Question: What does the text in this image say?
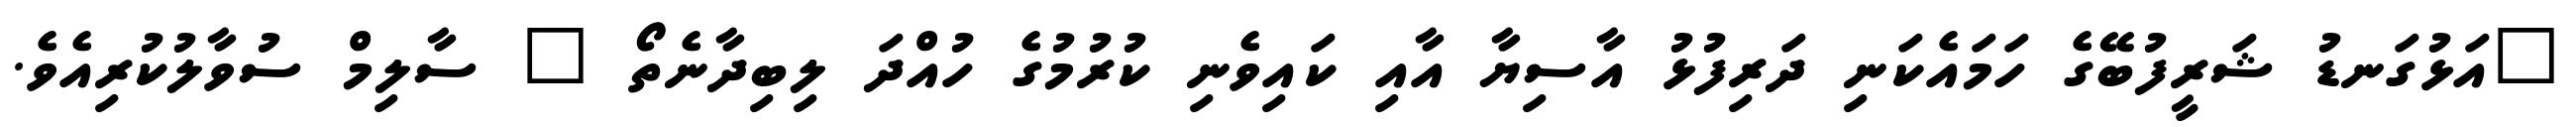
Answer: "އަޅުގަނޑު ޝަރީފުބޭގެ ހަމައެކަނި ދަރިފުޅު އާސިޔާ އާއި ކައިވެނި ކުރުމުގެ ހުއްދަ ލިބިދާނެތޯ " ސާލިމް ސުވާލުކުރިއެވެ.